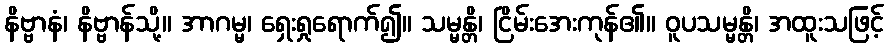
နိဗ္ဗာနံ၊ နိဗ္ဗာန်သို့။ အာဂမ္မ၊ ရှေးရှုရောက်၍။ သမ္မန္တိ၊ ငြိမ်းအေးကုန်၏။ ဝူပသမ္မန္တိ၊ အထူးသဖြင့်